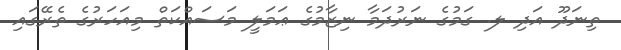
ތިނަދޫ އަދި ލ. ގަމުގެ ނަރުދަމާ ނިޒާމުގެ ޢަމަލީ މަސައްކަތް މިއަހަރުގެ ތެރޭގައި